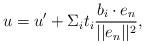
LaTeX: \begin{align*}u = u' + \Sigma_{i}t_{i} \frac{b_{i} \cdot e_{n}}{||e_{n}||^{2}},\end{align*}